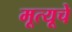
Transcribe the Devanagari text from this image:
मूत्यूचे